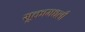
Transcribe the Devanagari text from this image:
सूक्तामधली